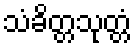
သံခိတ္တသုတ္တံ